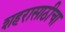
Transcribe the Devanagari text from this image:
शहरासाठीचा